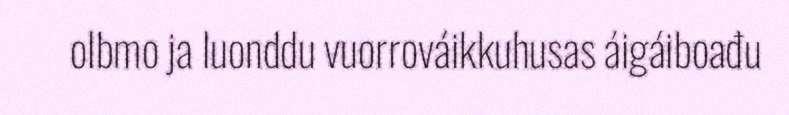
olbmo ja luonddu vuorrováikkuhusas áigáiboađu